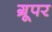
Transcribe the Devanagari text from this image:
ग्रूपर